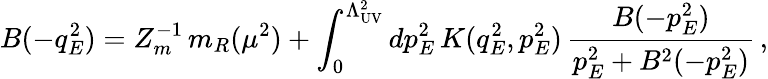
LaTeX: B(-q_{E}^{2})=Z_{m}^{-1}\, m_{R}(\mu^{2})+\int_{0}^{\Lambda_{\mathrm{UV}}^{2}}dp_{E}^{2}\, K(q_{E}^{2},p_{E}^{2})\, \frac{B(-p_{E}^{2})}{p_{E}^{2}+B^{2}(-p_{E}^{2})}\, ,